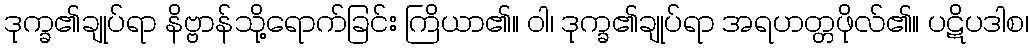
ဒုက္ခ၏ချုပ်ရာ နိဗ္ဗာန်သို့ရောက်ခြင်း ကြိယာ၏။ ဝါ၊ ဒုက္ခ၏ချုပ်ရာ အရဟတ္တဖိုလ်၏။ ပဋိပဒါစ၊